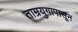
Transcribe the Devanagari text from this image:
ताम्रयुगापासून